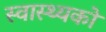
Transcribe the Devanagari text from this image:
स्वास्थ्यको